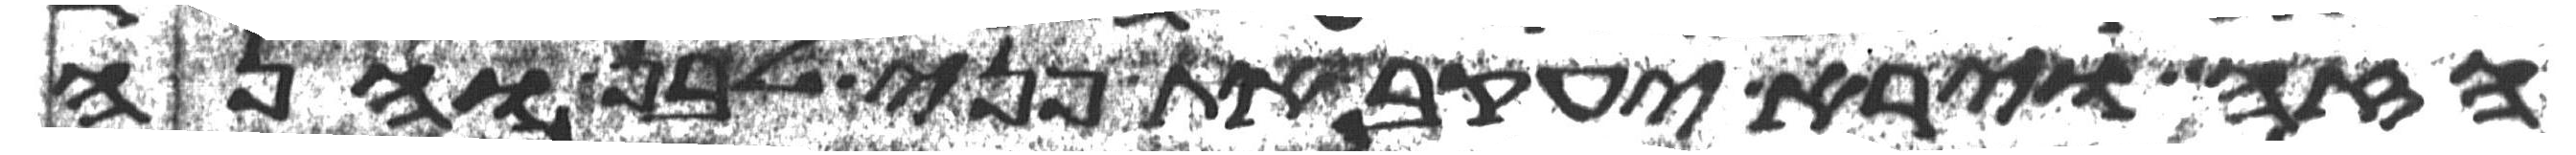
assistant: הזה וירא יעקב את פני לבן והנה